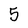
Character: 5